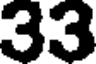
33